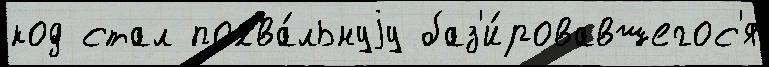
код стал похва́льнуjу баз'и́ровавшегос'я